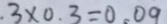
3 \times 0 . 3 = 0 . 0 9